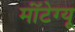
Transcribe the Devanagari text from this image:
मॉंटेग्यू